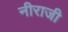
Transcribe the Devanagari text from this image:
नीराजी